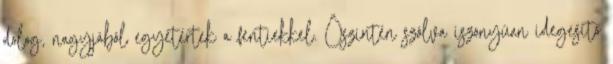
dolog, nagyjából egyetértek a fentiekkel. Őszintén szólva iszonyúan idegesítő